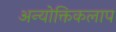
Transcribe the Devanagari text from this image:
अन्योक्तिकलाप